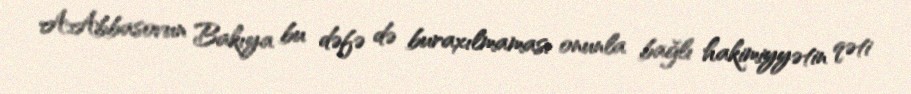
A.Abbasovun Bakıya bu dəfə də buraxılmaması onunla bağlı hakimiyyətin qəti